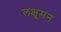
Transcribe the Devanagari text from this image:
लक्षूमन